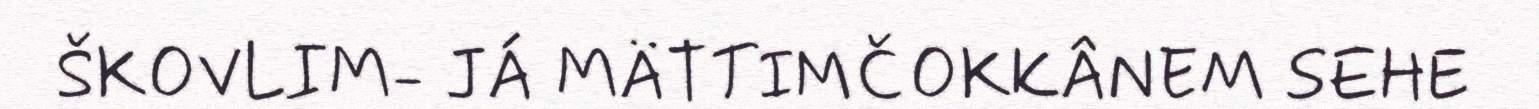
ŠKOVLIM- JÁ MÄTTIMČOKKÂNEM SEHE